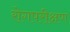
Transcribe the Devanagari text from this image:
रोगपरीक्षण